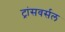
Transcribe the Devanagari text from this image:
ट्रांसवर्सल